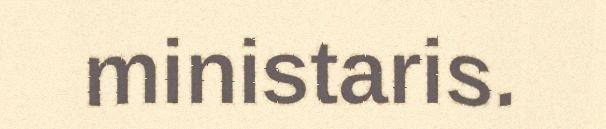
ministaris.